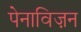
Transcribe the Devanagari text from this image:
पेनाविज़न